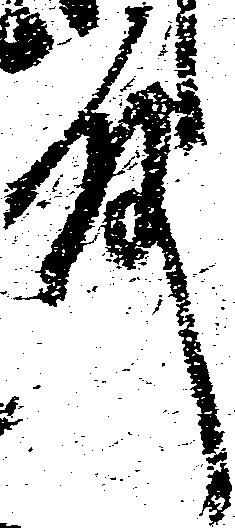
殿